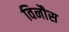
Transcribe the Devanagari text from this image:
विनौस